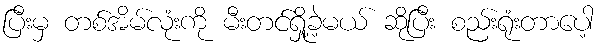
ပြီးမှ တစ်အိမ်လုံးကို မီးတင်ရှို့ခဲ့မယ် ဆိုပြီး စည်းရုံးတာပေါ့